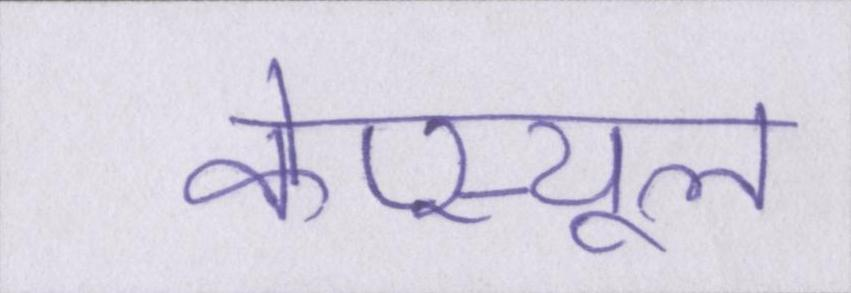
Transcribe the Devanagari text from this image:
केप्स्यूल